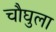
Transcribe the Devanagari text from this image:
चौघुला